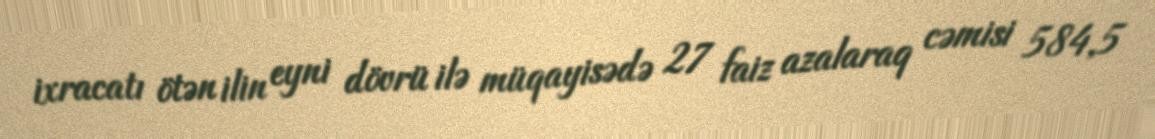
ixracatı ötən ilin eyni dövrü ilə müqayisədə 27 faiz azalaraq cəmisi 584,5